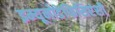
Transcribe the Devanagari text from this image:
इम्यूनोडेफिसिएंसी